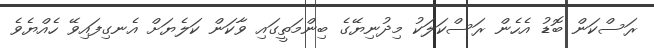
ރަސްކަން ބޮޑު އެހެން ރަސްކަލަކު މިދުނިޔޭގެ ބިންމަތީގައި ވާކަން ކަލެޔަށް އެނގިފައިވޭ ހެއްޔެވެ